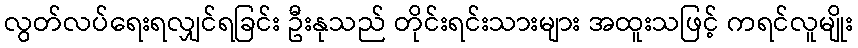
လွတ်လပ်ရေးရလျှင်ရခြင်း ဦးနုသည် တိုင်းရင်းသားများ အထူးသဖြင့် ကရင်လူမျိုး